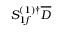
S _ { 1 f } ^ { ( 1 ) \dagger } \overline { { D } }